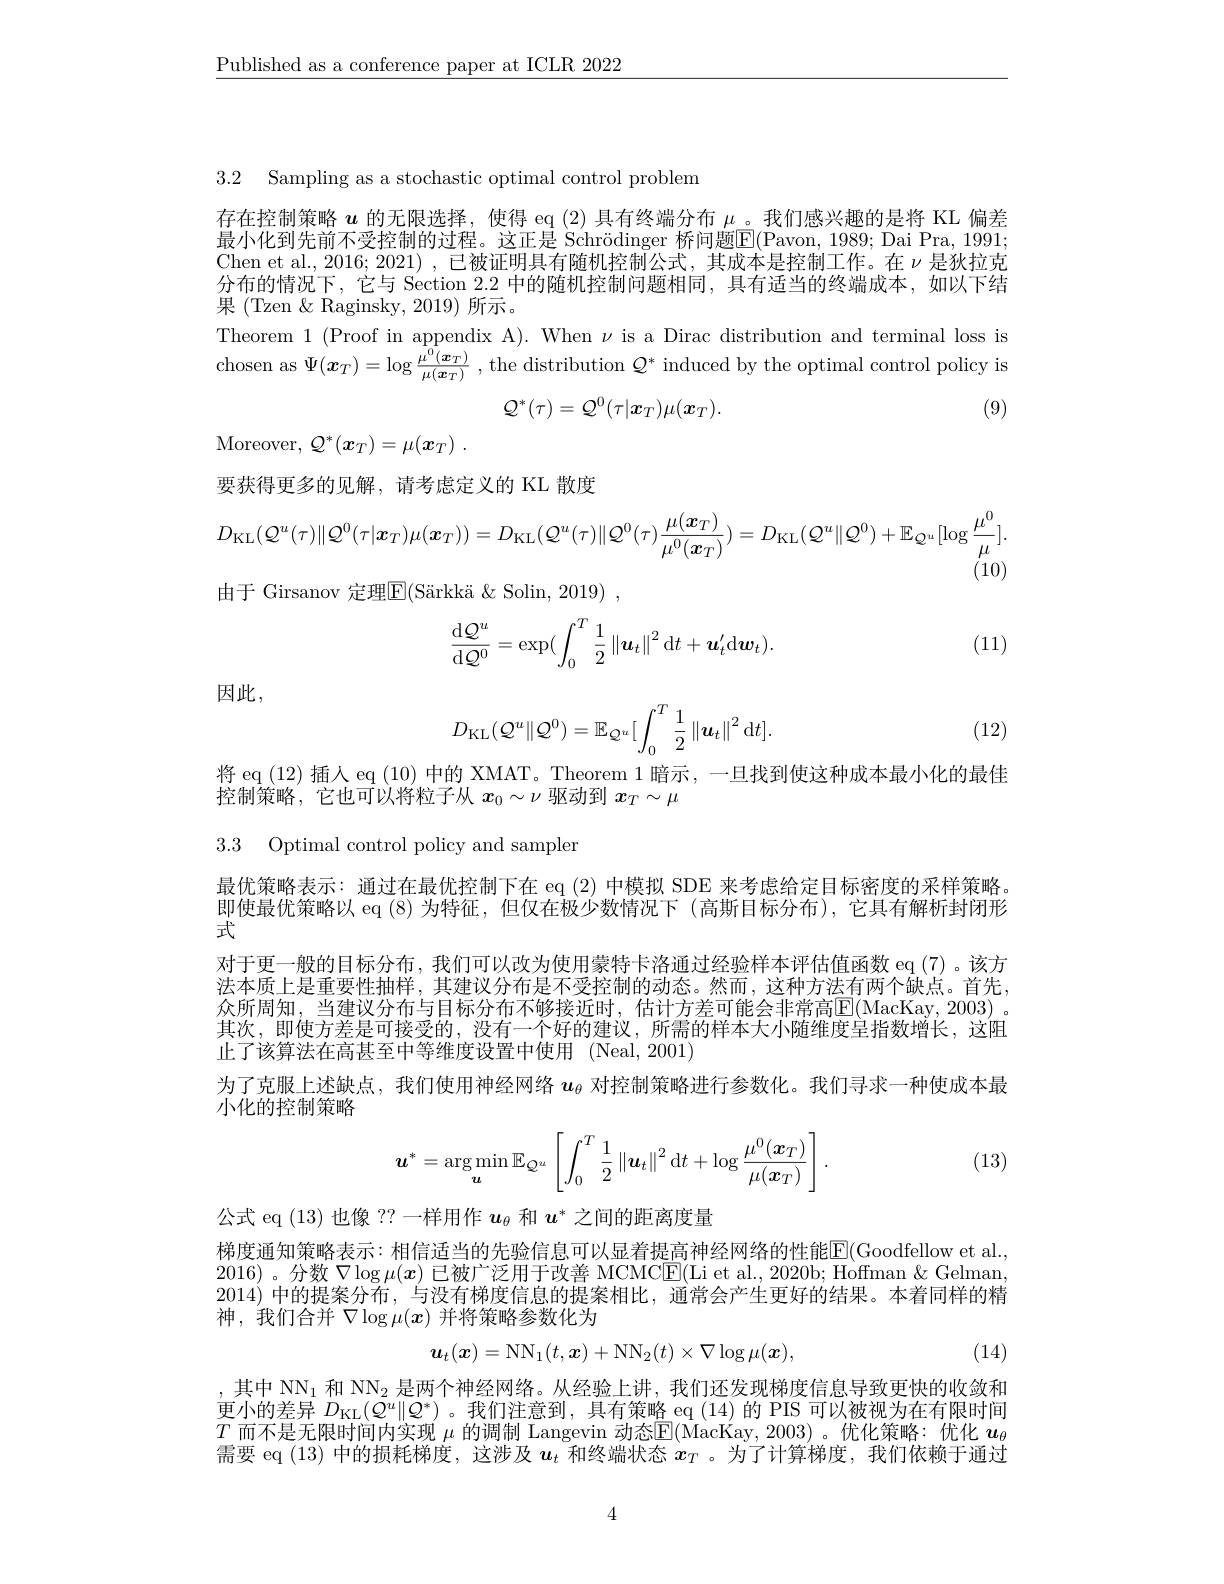
$\underline{\text{Published as a conference paper at ICLR 2022}}$

3.2 Sampling as a stochastic optimal control problem

存在控制策略$u$的无限选择，使得 eq (2) 具有终端分布$\mu$。我们感兴趣的是将 KL 偏差最小化到先前不受控制的过程。这正是 Schrödinger 桥问题$\overline{\mathrm{E}}($Pavon,1989;Dai Pra, 1991; Chen et al.,2016; 2021) ,已被证明具有随机控制公式，其成本是控制工作。在$\nu$是狄拉克分布的情况下，它与 Section 2.2中的随机控制问题相同，具有适当的终端成本，如以下结果 (Tzen $\&$ Raginsky, 2019)所示。
Theorem 1 (Proof in appendix A). When $\nu$ is a Dirac distribution and terminal loss is chosen as $\Psi ( \boldsymbol{x}_{T}) = \log \frac {\mu ^{\mathrm{o} }( \boldsymbol{x}_{T}) }{\mu ( \boldsymbol{x}_{T}) }$ , the distribution $Q^{*}$ induced by the optimal control policy is
$$\mathcal{Q}^{*}(\tau)=\mathcal{Q}^{0}(\tau|\boldsymbol{x}_{T})\mu(\boldsymbol{x}_{T}).$$
(9)

Moreover, $\mathcal{Q} ^* ( \boldsymbol{x}_T) = \mu ( \boldsymbol{x}_T)$ .

要获得更多的见解，请考虑定义的 KL 散度
$$D_{\mathrm{KL}}(\mathcal{Q}^{u}(\tau)\|\mathcal{Q}^{0}(\tau|\boldsymbol{x}_{T})\mu(\boldsymbol{x}_{T}))=D_{\mathrm{KL}}(\mathcal{Q}^{u}(\tau)\|\mathcal{Q}^{0}(\tau)\frac{\mu(\boldsymbol{x}_{T})}{\mu^{0}(\boldsymbol{x}_{T})})=D_{\mathrm{KL}}(\mathcal{Q}^{u}\|\mathcal{Q}^{0})+\mathbb{E}_{\mathcal{Q}^{u}}[\log\frac{\mu^{0}}{\mu}].$$
(10)
由于 Girsanov 定理$\boxed{\mathrm{F} }( \text{S\"{a} rkk\"{a} }\&$ Solin, 2019) ,
$$\begin{aligned}\frac{\mathrm{d}\mathcal{Q}^u}{\mathrm{d}\mathcal{Q}^0}=\exp(\int_0^T\frac12\left\|\boldsymbol{u}_t\right\|^2\mathrm{d}t+\boldsymbol{u}_t'\mathrm{d}\boldsymbol{w}_t).\end{aligned}$$
(11)

因此，
$$D_{\mathrm{KL}}(\mathcal{Q}^u\|\mathcal{Q}^0)=\mathbb{E}_{\mathbb{Q}^u}[\int_0^T\frac{1}{2}\left\|\boldsymbol{u}_t\right\|^2\mathrm{d}t].$$
(12)

将 eq (12) 插入 eq (10) 中的 XMAT。Theorem 1暗示，一旦找到使这种成本最小化的最佳
控制策略，它也可以将粒子从$x_0\sim\nu$驱动到$x_T\sim\mu$

3.3 Optimal control policy and sampler

最优策略表示：通过在最优控制下在 eq (2) 中模拟 SDE 来考虑给定目标密度的采样策略。即使最优策略以 eq (8)为特征，但仅在极少数情况下 (高斯目标分布),它具有解析封闭形式
对于更一般的目标分布，我们可以改为使用蒙特卡洛通过经验样本评估值函数 eq (7) 。该方法本质上是重要性抽样，其建议分布是不受控制的动态。然而，这种方法有两个缺点。首先， 众所周知，当建议分布与目标分布不够接近时，估计方差可能会非常高$\operatorname{E}($MacKay,2003)。其次，即使方差是可接受的，没有一个好的建议，所需的样本大小随维度呈指数增长，这阻止了该算法在高甚至中等维度设置中使用 ( Neal, 2001)
为了克服上述缺点，我们使用神经网络$u_\mathrm{\theta}$对控制策略进行参数化。我们寻求一种使成本最
小化的控制策略
$$\boldsymbol{u}^*=\underset{\boldsymbol{u}}{\arg\min}\mathbb{E}_{\mathcal{Q}^u}\left[\int_0^T\frac{1}{2}\left\|\boldsymbol{u}_t\right\|^2\mathrm{d}t+\log\frac{\mu^0(\boldsymbol{x}_T)}{\mu(\boldsymbol{x}_T)}\right].$$
(13)

公式 eq (13) 也像 ?? 一样用作$u_\mathrm{\theta}$和$u^*$之间的距离度量
梯度通知策略表示：相信适当的先验信息可以显着提高神经网络的性能$\overline{\mathrm{E}}($Goodfellow et al. 2016)。分数$\nabla\log\mu(\boldsymbol{x})$ 已被广泛用于改善 MCMC$\underline{\mathrm{E}}($Li et al., 2020b; Hoffman $\&$ Gelman, 2014)中的提案分布，与没有梯度信息的提案相比，通常会产生史好的结果。本着同样的精神，我们合并$\nabla\log\mu(x)$并将策略参数化为
$$\boldsymbol{u}_t(\boldsymbol{x})=\mathrm{NN}_1(t,\boldsymbol{x})+\mathrm{NN}_2(t)\times\nabla\log\mu(\boldsymbol{x}),$$
(14)

,其中 NN$_1$和$\mathrm{NN}_2$是两个神经网络。从经验上讲，我们还发现梯度信息导致更快的收敛和更小的差异$D_{\mathrm{KL}}(Q^{u}\|Q^{*})$ 。我们注意到，具有策略 eq (14)的 PIS 可以被视为在有限时间$T$而不是无限时间内实现$\mu$的调制 Langevin 动态E(MacKay,2003)。优化策略：优化$u_{6}$ 需要 eq (13)中的损耗梯度，这涉及$\boldsymbol{u}_t$和终端状态$x_T$ 。为了计算梯度，我们依赖于通过

4